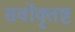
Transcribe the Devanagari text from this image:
सर्वोक्तृष्ट